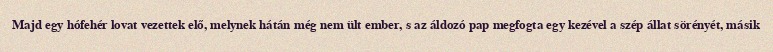
Majd egy hófehér lovat vezettek elő, melynek hátán még nem ült ember, s az áldozó pap megfogta egy kezével a szép állat sörényét, másik